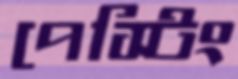
পেস্টিং